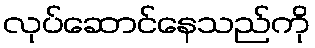
လုပ်ဆောင်နေသည်ကို